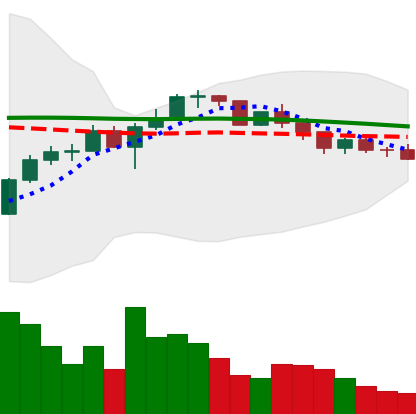
Ticker: LINK-USD
Chart end date: 2022-12-11
Forward return: -12.131%
Label: down_7plus